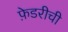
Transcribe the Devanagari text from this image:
फ़ेडरीची